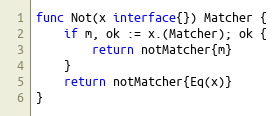
Language: Go
func Not(x interface{}) Matcher {
	if m, ok := x.(Matcher); ok {
		return notMatcher{m}
	}
	return notMatcher{Eq(x)}
}